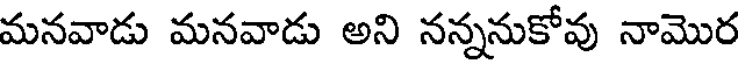
మనవాడు మనవాడు అని నన్ననుకోవు నామొర